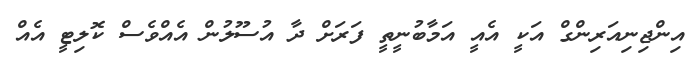
އިންޖިނިއަރިންގް އަކީ އެއީ އަމާބުނީތީ ފަރަށް ދާ އުސޫލުން އެއްވެސް ކޮލިޓީ އެއް